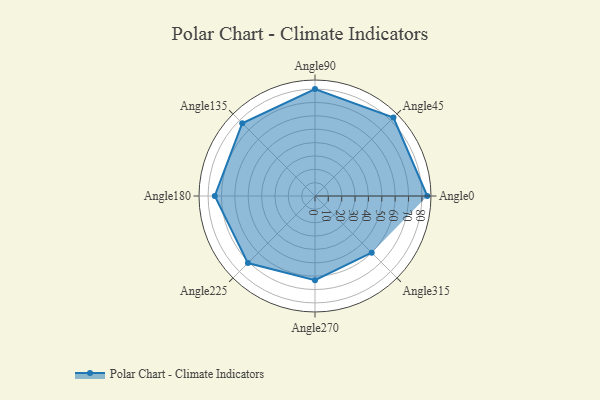
{"axis": {"x": "Angle", "y": "Radius"}, "legend": [""], "data": [{"x": "Angle0", "y": 84.0, "type": ""}, {"x": "Angle45", "y": 83.0, "type": ""}, {"x": "Angle90", "y": 80.0, "type": ""}, {"x": "Angle135", "y": 77.0, "type": ""}, {"x": "Angle180", "y": 75.0, "type": ""}, {"x": "Angle225", "y": 71.0, "type": ""}, {"x": "Angle270", "y": 63.0, "type": ""}, {"x": "Angle315", "y": 60.0, "type": ""}]}